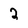
Character: 2